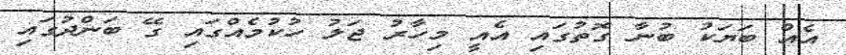
އެއް ބަޔަކު ބުނާ ގޮތުގައި އެއީ މިހާރު ޖަލު ހުކުމެއްގައި ގޭ ބަންދުގައި